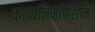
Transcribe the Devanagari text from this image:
काव्यनिर्माणशक्ति